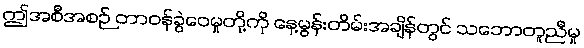
ဤအစီအစဉ် တာဝန်ခွဲဝေမှုတို့ကို နေ့မွန်းတိမ်းအချိန်တွင် သဘောတူညီမှု